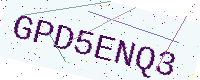
Text: GPD5ENQ3